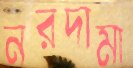
নরদামা